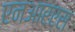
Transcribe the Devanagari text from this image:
एनआरएस